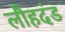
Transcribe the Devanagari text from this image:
लौहदंड